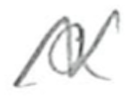
Text: a
Cross-out: zig-zag
Writing tool: pencil